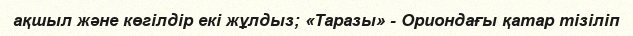
ақшыл және көгілдір екі жұлдыз; «Таразы» - Ориондағы қатар тізіліп